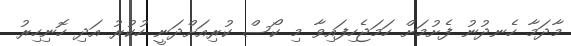
މާދަމާ ހެނދުނު ފެށުމަށް ހަމަޖެހިފައިވާ މި ކޯސް ކުރިއަށްދަނީ ހުކުރު އަދި ހޮނިހިރު